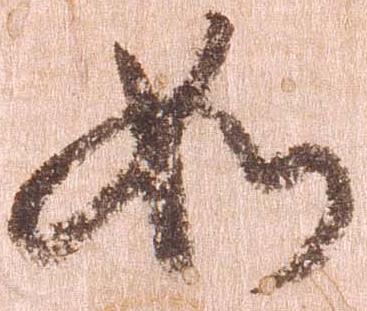
如